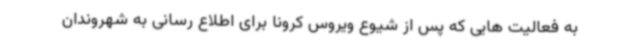
به فعالیت هایی که پس از شیوع ویروس کرونا برای اطلاع رسانی به شهروندان